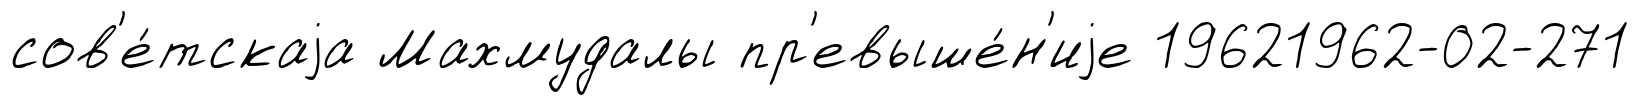
сов'е́тскаjа Махмудалы пр'евыше́н'иjе 19621962-02-271